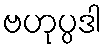
ဗဟုပ္ပဒါ